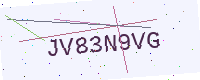
Text: JV83N9VG